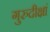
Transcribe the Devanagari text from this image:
गुरुदीक्षां